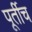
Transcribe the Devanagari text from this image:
पूर्तीच